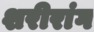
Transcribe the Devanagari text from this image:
शरीरांग